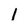
Character: l